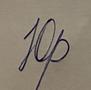
Signature authenticity: forged